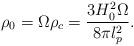
LaTeX: \begin{align*}\rho _{0}=\Omega \rho _{c}=\frac{3H_{0}^{2}\Omega }{8\pi l_{p}^{2}}.\end{align*}